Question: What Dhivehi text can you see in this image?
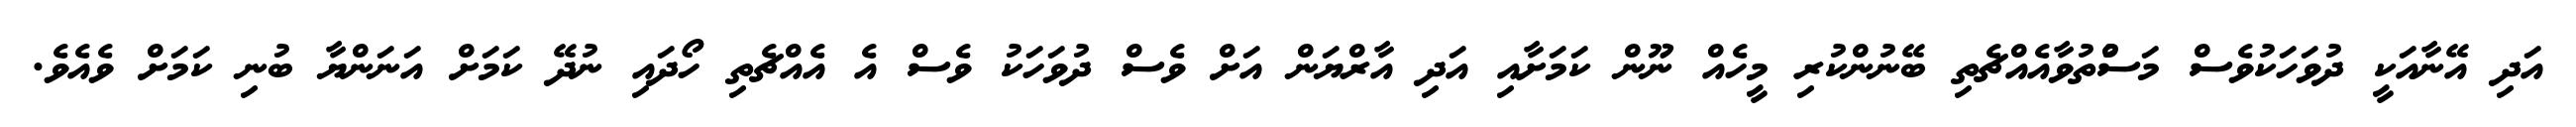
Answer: އަދި އޭނާއަކީ ދުވަހަކުވެސް މަސްުތުވާއެއްޗެތި ބޭނުންކުރި މީހެއް ނޫން ކަމަށާއި އަދި އާރްޔަން އަށް ވެސް ދުވަހަކު ވެސް އެ އެއްޗެތި ހޯދައި ނުދޭ ކަމަށް އަނަންޔާ ބުނި ކަމަށް ވެއެވެ.